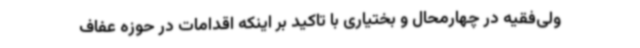
ولی‌فقیه در چهارمحال و بختیاری با تاکید بر اینکه اقدامات در حوزه عفاف